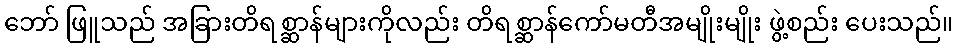
ဘော် ဖြူသည် အခြားတိရစ္ဆာန်များကိုလည်း တိရစ္ဆာန်ကော်မတီအမျိုးမျိုး ဖွဲ့စည်း ပေးသည်။